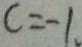
c = - 1 .